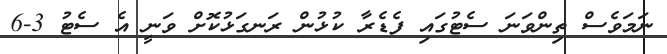
ނަމަވެސް ތިންވަނަ ސެޓުގައި ފެޑެރާ ކުޅުން ރަނގަޅުކޮށް ވަނީ އެ ސެޓު 3-6